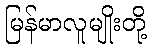
မြန်မာလူမျိုးတို့